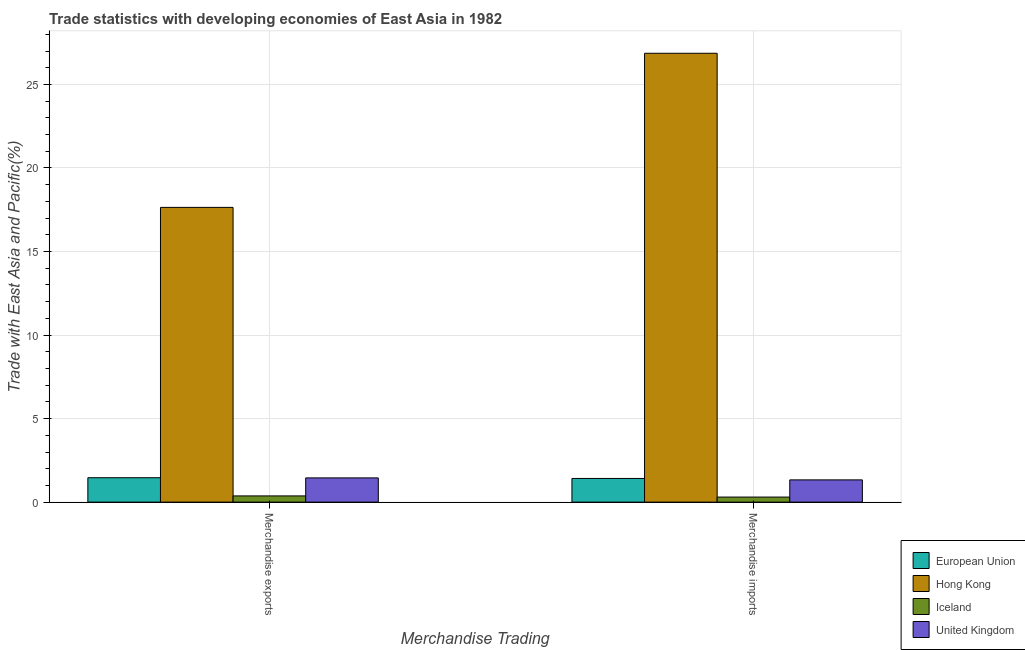
| Merchandise Trading | European Union | Hong Kong | Iceland | United Kingdom |
 | --- | --- | --- | --- | --- |
 | Merchandise exports | 1.46 | 17.6 | 0.372 | 1.45 |
 | Merchandise imports | 1.42 | 26.9 | 0.303 | 1.33 |